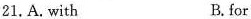
21. A. with B. for